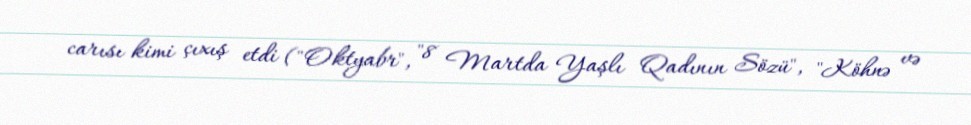
carısı kimi çıxış etdi ("Oktyabr", "8 Martda Yaşlı Qadının Sözü", "Köhnə və